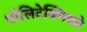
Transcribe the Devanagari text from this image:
पोलिटेक्निको